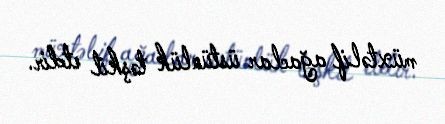
müxtəlif ağaclar üstünlük təşkil etdir.